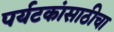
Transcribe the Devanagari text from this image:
पर्यटकांसाठीचा